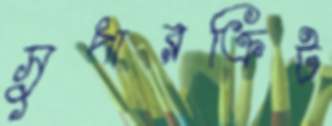
সুপারক্রিট